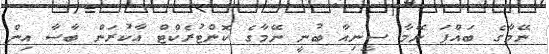
ނޭމާގެ ބައްޕަ ނޭމާ ސީނިއާ ބުނީ ނޭމާގެ ކޮންޓުރެކްޓް އާކުރަން ބާސާ އިން